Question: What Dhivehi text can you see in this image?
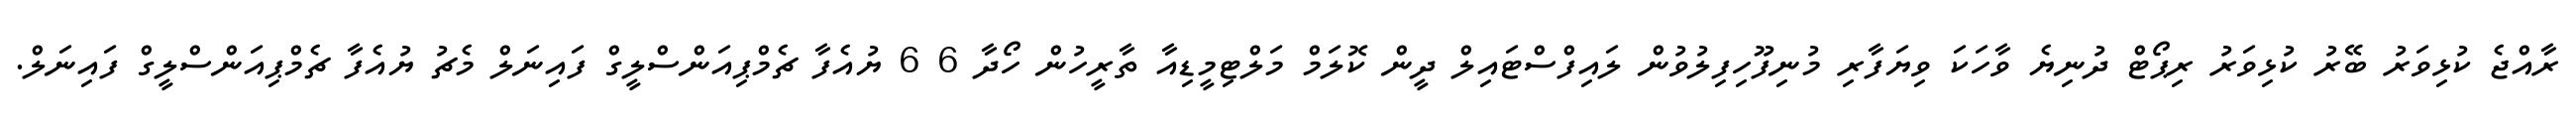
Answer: ރާއްޖެ ކުޅިވަރު ބޭރު ކުޅިވަރު ރިޕޯޓް ދުނިޔެ ވާހަކަ ވިޔަފާރި މުނިފޫހިފިލުވުން ލައިފްސްޓައިލް ދީން ކޮލަމް މަލްޓިމީޑިއާ ތާރީހުން ހޯދާ 6 6 ޔުއެފާ ޗެމްޕިއަންސްލީގް ފައިނަލް މެޗު ޔުއެފާ ޗެމްޕިއަންސްލީގް ފައިނަލް.